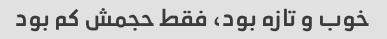
خوب و تازه بود، فقط حجمش کم بود